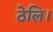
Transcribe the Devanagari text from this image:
ठेलि।